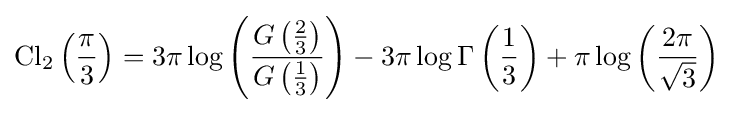
\operatorname {Cl} _{2}\left({\frac {\pi }{3}}\right)=3\pi \log \left({\frac {G\left({\frac {2}{3}}\right)}{G\left({\frac {1}{3}}\right)}}\right)-3\pi \log \Gamma \left({\frac {1}{3}}\right)+\pi \log \left({\frac {2\pi }{\sqrt {3}}}\right)